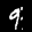
Label: 9